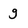
Character: g